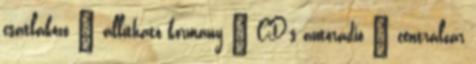
csatlakozó – állítható kormány – CD-s autórádió – centrálzár